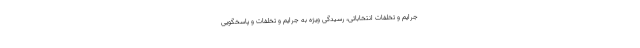
جرایم و تخلفات انتخاباتی، رسیدگی ویژه به جرایم و تخلفات و پاسخگویی